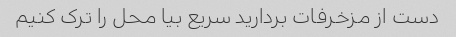
دست از مزخرفات بردارید سریع بیا محل را ترک کنیم